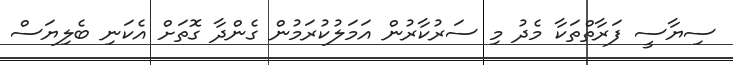
ސިޔާސީ ފަރާތްތަކާ މެދު މި ސަރުކާރުން އަމަލުކުރަމުން ގެންދާ ގޮތަށް އެކަނި ބެލިޔަސް